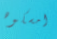
امسكوه